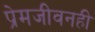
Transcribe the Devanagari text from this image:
प्रेमजीवनही